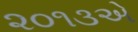
૨૦૧૩એ